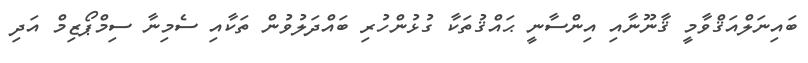
ބައިނަލްއަޤްވާމީ ޤާނޫނާއި އިންސާނީ ޙައްޤުތަކާ ގުޅުންހުރި ބައްދަލުވުން ތަކާއި ސެމިނާ ސިމްޕޯޒިމް އަދި